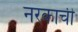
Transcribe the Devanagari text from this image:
नरकाची